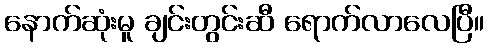
နောက်ဆုံးမူ ချင်းတွင်းဆီ ရောက်လာလေပြီ။